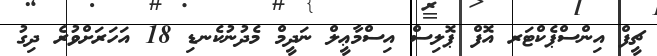
ޗީފް އިންސްޕެކްޓަރ އޮފް ޕޮލިސް އިސްމާޢީލް ނަދީމް މެދުނުކެނޑި 18 އަހަރަށްވުރެ ދިގު